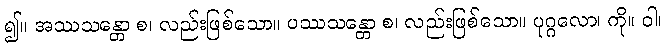
၍။ အဿသန္တော စ၊ လည်းဖြစ်သော။ ပဿသန္တော စ၊ လည်းဖြစ်သော။ ပုဂ္ဂလော၊ ကို။ ဝါ၊